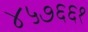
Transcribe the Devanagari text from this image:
४५७६६१